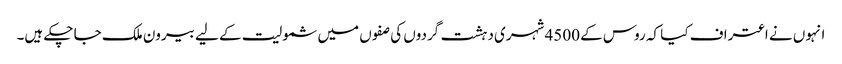
انہوں نے اعتراف کیا کہ روس کے 4500 شہری دہشت گردوں کی صفوں میں شمولیت کے لیے بیرون ملک جا چکے ہیں۔